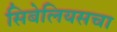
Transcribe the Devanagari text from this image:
सिबेलियसचा